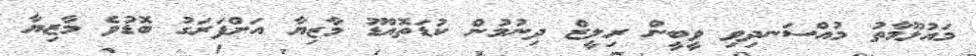
މައުލޫމާތު މުއްސަނދިވި ވީބީން ރިލީޒް ދިނުމުން ކުޑަތޮއްޑޫ މާޒިޔާ އަށްފަރަގު ބޮޑުވެ މާޒިޔާ